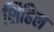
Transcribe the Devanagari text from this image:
शिहिल